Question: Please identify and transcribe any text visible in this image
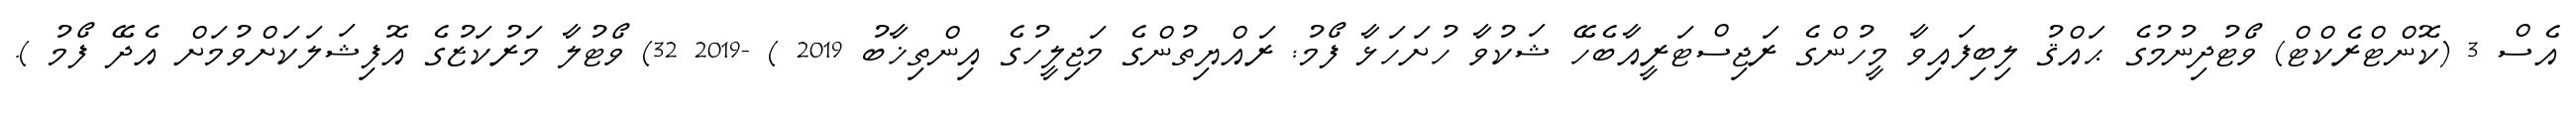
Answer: އެސް 3 (ކޮންޓްރެކްޓް) ވޯޓުދިނުމުގެ ޙައްޤު ލިބިފައިވާ މީހުންގެ ރަޖިސްޓަރީއާބެހޭ ޝަކުވާ ހުށަހަޅާ ފޯމު: ރައްޔިތުންގެ މަޖިލީހުގެ އިންތިޚާބު 2019 ) -2019 32) ވޯޓުލާ މަރުކަޒުގެ އޮފިޝަލަކަށްވުމަށް އެދޭ ފޯމު ).